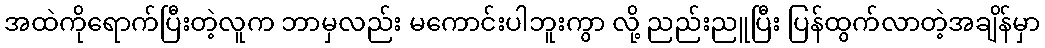
အထဲကိုရောက်ပြီးတဲ့လူက ဘာမှလည်း မကောင်းပါဘူးကွာ လို့ ညည်းညူပြီး ပြန်ထွက်လာတဲ့အချိန်မှာ